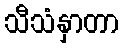
သီသံနှာတာ